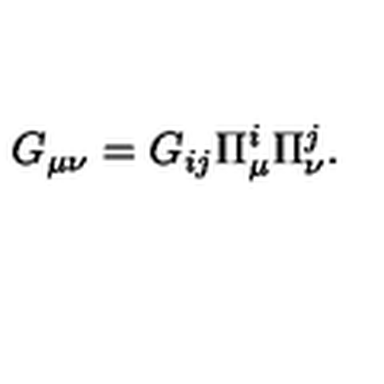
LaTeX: G _ { \mu \nu } = G _ { i j } \Pi _ { \mu } ^ { i } \Pi _ { \nu } ^ { j } .